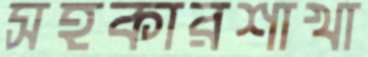
সহকারশাখা